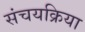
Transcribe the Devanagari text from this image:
संचयक्रिया